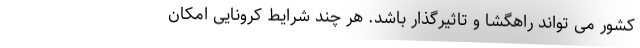
کشور می تواند راهگشا و تاثیرگذار باشد. هر چند شرایط کرونایی امکان